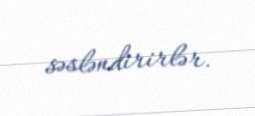
səsləndirirlər.